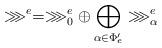
LaTeX: \begin{align*}\ggg^e = \ggg^e_0 \oplus \bigoplus_{\alpha\in \Phi'_e} \ggg^e_\alpha\end{align*}